Vital statistics of India. Vol. VI, European troops 1870-79
Year: 1870
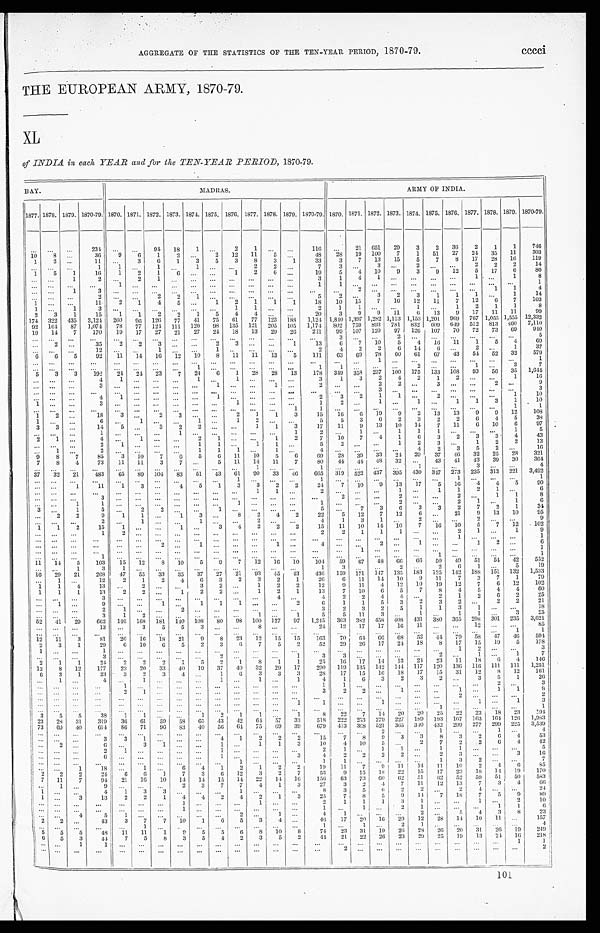
AGGREGATE OF THE STATISTICS OF THE TEN-YEAR PERIOD, 1870-79.
cccci
THE EUROPEAN ARMY, 1870-79.
XL
of INDIA in each YEAR and for the TEN-YEAR PERIOD, 1870-79.
BAY.
MADRAS.
ARMY OF INDIA.
1877. 1878. 1879. 1870-79. 1870. 1871. 1872. 1873. 1874. 1875. 1876. 1877. 1878. 1879. 1870-79. 1870. 1871. 1872. 1873. 1874. 1875. 1876. 1877. 1878. 1879. 1870-79.
... . . .
. . .
234 . . .
...
9 4 18
1 ...
2
1
. . .
. . .
116 ...
21 651 29
3
2 36
2
1
1
746
10
8
. . .
36
9
6
1
2 ...
2 12 11
5
. . . 48
28 19 100
7
1 51 27 24 35 11
303
1
2
. . .
11 ...
3
6
1
3
5
3
8
3
1
33
3
7 13 15
5
7
8 17 28 16
119
. . .
. . .
. . .
1
1 ...
1 ...
1
. . .
. . . 2
2
. . .
7
3 ...
3 ...
2
. . .
. . . 2
2
2
14
1
5
1
16
1
2
1
6
. . .
. . . 1
2
6 ...
19
5
4 10
9
3
9 12
5 17
6
80
. . . ...
1
2
. . . 2
1
. . . ... ... ... ... ...
...
3
1
4
1
. . .
. . .
. . .
. . . 1 ...
1
8
. . . ... . . .
...
1 ... ...
. . .
... ...
. . . . . .
... ...
1
1
. . .
. . .
. . .
. . .
. . .
. . .
. . .
. . .
. . .
1
... ...
1
3
. . . . . .
. . .
. . .
. . .
. . .
. . . . . . . . .
. . . ...
. . .
2
. . .
. . .
. . .
. . .
. . .
. . . 1
1
4
. . .
. . .
. . .
2
. . . . . .
2
2
1
. . .
. . . . . .
. . .
. . .
5
2 ...
3
2
3
1
1
1 ...
1
14
1
. . .
. . . 11
2
1
4
5 ...
1
2
1
1
1
18
10 15
7 16 12 11
7 12
6
7
103
1 ...
1
3
. . .
. . .
. . .
. . . . . .
. . . 1
1
. . .
. . .
2
1
1
. . .
. . . 1
. . .
1
2
1
1
8
2
3
1
15
1
1
2
2
1
5
4
4 ...
. . . 20
3
9
9 11
6 13
9 17 11 11
99
174 322 435 3,124 260 96 126 77 41 75 61 77 123 188 1,124 1,840 1,397 1,282 1,113 1,153 1,201 969 767 1,055 1,555 12,332
92 164 87 1,074
78 77 124 111 120 98 135 121 205 105 1,174 802 759 893 781 832
6 0 9 649 512 813 460 7,110
19 14
7
170
19 17 27 21 27 24
18 13 29 26
221
99 107 120 97 126 107 70 72 73 69
940
. . .
. . .
. . .
. . .
. . .
. . .
. . .
. . .
. . .
. . .
. . .
. . . . . .
. . .
. . .
3
. . .
. . .
2
. . .
. . .
. . .
. . .
. . .
. . .
5
...
2
. . . 35
2
2
3 . . .
. . .
2
3
. . . . . . 1
13
6
7 10
5
4 16 11
1
5
4
69
... . . .
...
12
. . .
. . . 1
. . . . . .
1 ...
... ...
...
2
4
2
2
6 14
6 ...
2
. . . 1
37
6
6
5
92 11 14 16 12 10
8 11 11 13
5
111
63 69 78 60 61 67 43 54 52 32
579
. . .
. . .
. . .
. . .
. . .
. . .
. . .
. . .
. . .
. . .
. . .
. . . . . .
. . .
. . .
. . .
. . .
1
. . .
. . .
. . .
. . .
. . .
. . .
. . .
1
. . .
. . .
. . .
. . .
. . .
. . .
. . .
. . .
1
. . .
. . .
. . . ... . . .
1
1
. . .
. . . ...
2
. . .
. . . 1 ...
3
7
5
3
3
192
24 24 23
7 24
6
1 28 28 13
178 349 358 237 100 175
1 3 3 108 93 56 35 1,644
...
. . .
...
4
1
. . .
. . .
. . . 1 ...
1 . . . ... ...
3
1
3
2
4 2
1
2 ... ...
1
16
... ... ...
3
. . .
. . .
. . .
. . . ...
1
. . . . . .
1 ...
2
. . .
. . . 2
2
. . . 3
. . . . . .
2
. . .
9
. . . . . .
. . .
. . .
. . . ...
. . . ... ... ... ...
. . . ... ...
. . .
. . .
. . . 3
. . .
. . .
. . .
. . .
. . .
. . .
. . .
3
... . . .
. . .
4
1 . . .
. . .
. . .
. . .
1 ...
. . .
. . . ...
2
3
2
1
1 ...
2
. . .
. . .
. . . 1
1 0
1
. . .
. . .
3 ... ...
. . .
. . . ... ...
1 . . .
. . .
. . .
1
2
. . . 1 ...
1 ...
1
1
3
1
10
. . . . . .
. . . ...
. . .
...
. . . . . .
. . .
...
. . . ... ...
1
1
. . .
. . .
. . . . . .
. . . . . .
. . .
. . .
. . . 1
1
1
2
. . .
18
3 . . .
2
3
. . .
. . . 2
1
1
3
15
16
6 19
9
2 13 13
9
9 12
108
1
. . .
. . .
6 ...
1
. . .
. . .
1
. . . 1
2 ...
. . .
5
5
3
6 2
3
2
2
6
4
5
38
3
3
. . .
14
5 ...
3
2
2
. . .
. . . 1
1
3
17
11
9 13 10 14
7 11
6 10
6
97
... ... ...
1
. . . . . .
. . . 1
. . .
. . .
. . .
. . .
. . . 1
2
. . . 1 ...
1
1
1
. . . ... ...
1
5
2
1 ...
4 ...
1
. . .
. . . 2
1
. . .
. . . 1
2
7
10
7
4
1
6 3
2
3
3
4
43
. . . . . .
. . .
2
1
. . .
. . .
. . . 1
1
. . .
1
1
. . .
5
2
. . .
. . . 1
2
3
. . . 1
2
2
13
...
1
. . .
2
. . . . . .
. . . ...
1
1
1 . . .
1
. . .
4
. . .
. . . . . .
...
4
2
3
5
2
. . . 16
9
8
7
85
3 10
7
6 5
6 11
10
5
6
69
28 3 9
33 24 29
37 46 32 25 28
321
7
8
4
73
11 11
3
7
. . . 5 11 14 11
7
80
44 44 48 32 . . .
43 41
4 3 39 30
364
... ... . . .
...
. . .
... ...
. . . ... ...
...
1
. . .
. . .
1
. . .
. . .
. . .
. . . 1
. . .
. . .
3
. . .
. . .
4
37 32 21
483
65 89 104 83 51 43 61 90 33 46
665 319 522 437 395 430 347 273 235 313 221 3,492
... . . .
. . .
. . .
. . .
. . .
... . . .
. . .
. . .
1
. . .
. . .
. . .
1 ... ... ... ...
. . .
...
1
. . .
. . .
. . .
1
... . . .
1
11
1
3
. . .
4
5
1
3
3
2
2
24
7 10
9 13 17
5 16
4
4
5
90
... ... . . .
. . .
. . . . . .
...
. . . ... ...
. . .
1
1
. . .
2
. . .
. . .
. . .
1
. . . 1
1
2
1
. . .
6
...
. . .
. . .
3
. . . . . . ...
...
. . .
. . . . . . . . .
...
. . .
. . .
2
. . . . . .
2
. . .
. . .
2
. . . 1
1
8
. . . ...
1
1 . . .
. . .
. . . . . .
... ...
1
. . .
. . . ...
1 ...
... ...
2
. . .
. . . 2
1 ...
1
6
3
. . .
1
5
. . .
2
2
. . .
. . .
1
. . . . . . ...
. . .
5
. . . 7
3
6
3
3
2
7
2
1
3 4
. . . 2
2
9
1
1
. . .
1
3
. . . 8
2
4
2
22
5 12
7 12
6 ...
21
9 13 10
9 5
... . . . ...
2
. . .
1 ...
. . .
1 . . .
...
2
. . .
. . .
4
1
3
1 ...
2 ... ...
2
. . .
. . .
9
1
1
2
15
1 . . .
...
1 ...
3
4
2
2
2
15
11 10 14 10
7 16 10
5
7 12
102
. . .
. . .
. . .
1
2
. . .
. . .
. . . . . . ...
. . . . . .
... ...
2
2
1
1
1
. . .
. . . 2
1
. . . 1
9
... ...
. . . ...
... ...
. . . ...
. . . ... ...
. . . ... ...
...
... ... ... ... ... ...
1
. . .
. . .
. . .
1
... ...
. . .
. . .
... ...
2
. . .
1 ... ... ...
1
. . .
4
. . .
. . .
2
. . . 1
. . .
. . . 1
2
. . .
6
... ... ...
. . .
. . . . . .
. . .
. . .
. . . ... ...
. . . ...
...
...
...
1
. . .
. . . . . .
...
. . .
. . .
. . .
. . .
1
. . . . . .
...
1 . . .
... ... ... ... ... ... . . .
... ...
. . . ...
. . . ... ...
. . .
1
. . .
. . .
. . .
. . .
1
11 14 5
103
15 12
8 10
5
9
7 12 16 10 104 59 67 48 66 66 50 49 51
54 42
552
... . . .
1
3
1
. . .
. . . . . . ... ... ... ... ... ...
1
3 ...
. . .
2
. . . 2
6
1 ...
5
1 9
16 29 21
268
47 55 33 35 37 27 21 93 45 43
436 159 171 147 135 183 125 142 188 151 132 1,533
. . . 1
. . .
12
2
1
2
4
6
3
2
3
2
1
26
6 11 14 10
9 11
7
3
7
1
79
1
1
4
13 ...
2
. . .
. . . 3
2
. . . 1
2
2
12
9 11
4 12 10 19 12
7
6 12
102
1
1
1
13
2
2
. . . 1
2
2
. . . 1
2
1
13
7 10
6
5
7
8
4
5
4
4
60
. . .
. . . ...
3
. . .
. . . ... ... ... ... ... ...
4
. . .
4
2
2
4
4 . . .
2
1
2
6 2
25
...
1 ...
9
. . .
. . . 1 ...
1
1
1 ... ...
2
6
1
1
5
3
2
3
2 ...
2
2
21
...
. . .
. . .
2
1
. . .
. . .
2
. . . ... ...
. . . . . .
. . .
3
2
3
2
5
1
1
3
1 ...
...
18
. . . . . .
...
3
1
2
. . .
. . . ... ... ...
1 ...
1
5
5 11
3 ...
1 ...
1
1 . . .
3
25
5 2 41 29
662 146 168 181 140 108 80 98 100 127 97 1,245 363 382 458 408 431
3 8 0 365 298 301 235 3,621
...
. . .
. . .
13 ...
3
5
5
3
. . .
. . .
8
. . .
. . .
24
12 17 17 16 11
. . .
. . . 12
. . .
. . .
85
. . .
. . .
. . .
. . .
. . .
. . .
. . .
. . .
. . .
. . .
. . .
. . . ... ...
...
. . .
... ... ... ... ... ... ... ...
1
1
12 11
3
81
26
1 6 18 21
9
8 23 12 15 15
163 7 0
6 4
6 6
6 8 52 44 79 58 47 46
594
2
3
1
29
6 10
6
5
2
3
6
7
5
2
52
29 26 17 24 18
8 17 15 19
5
178
1
. . . ...
1
. . . ... ... ... ... ... ... ... ... ...
...
...
. . . ... ...
. . .
...
1
2
. . .
. . .
3
. . .
. . .
. . .
3
. . .
. . .
. . .
. . .
. . .
2
. . .
. . . ...
1
3
3 ...
. . .
. . . ...
2 ...
1
. . . 1
7
2
1
1
24
2
2
2
1
5
2
1
8
1
1
25
16 17 14 13 24 23 11 18
6
4
146
12
8 12
177
23 20 33 40 19 37 40 32 29 17
290 119 135 142 144
1 1 7 120 136 116 111 111 1,251
6
3
1
33
3
2
3
4 ...
1
6
3
3
3
28
17 15 16 18 17 15 31 12
8 12
161
...
1
. . .
4 ...
1
. . .
. . .
. . . 1
. . . 1 ...
1
4
1
6
3
2
3
2
. . . 3
5
1
2 6
. . .
. . .
. . .
. . .
1
. . .
. . .
. . . . . .
. . .
. . . . . . ... ...
1
1
. . .
. . .
. . .
. . .
. . .
. . .
. . . 2 ...
3
. . .
. . .
. . .
. . .
2
1
. . .
. . .
. . .
. . .
. . .
. . . ...
...
3
2
2
. . .
1
. . .
. . . 1 ...
1
1
8
... ... ...
. . .
... ...
...
. . .
. . . ... ...
. . . ... ...
...
...
... ... ... ... ...
2
. . .
. . .
. . .
2
. . .
. . .
. . .
. . .
. . .
. . .
. . .
. . .
. . .
. . .
. . .
. . . . . .
1
1
. . .
. . .
1
. . . . . .
. . .
. . .
1
. . . 1
3
. . .
. . .
. . .
. . . ... ... ...
. . . ... ... ...
. . . ... ...
. . .
. . .
. . .
. . .
. . . . . .
1
. . .
. . .
. . .
. . .
1
3
5
5
38
1
1
. . .
. . . 1
2
1
1 ...
1
8
22
7 14 20 20 25 22 23 18 23
194
23 28 31
319
36 61
59 58 65 43 42 64 57 33
518 222 253 279 227 189 193 167 163
1 6 4 126 1,983
73 69 40
614 86 71 96 83 40 56 64 75 69 39
679 413 368 521 365 340 432 299 277 299 225 3,539
. . . ... ...
...
...
...
... ... ... ... ... ... ...
. . .
. . .
. . .
. . .
2
. . .
. . .
1
. . .
. . .
1
. . .
4
. . . . . . ...
3
3
1
. . .
. . .
. . . 4
1
2
2
2
15
7
8
9
3
3
8
3
2
6
4
53
. . .
2
. . .
6 ...
3
1
. . . ...
1 ...
1
1
3
10
4 10
5
. . . 2
7
2
2
6
4
42
... ... ...
2
1
. . .
. . .
. . .
. . .
1
. . . ... ... ...
2
1 ...
1
1
. . .
1
1
. . .
. . .
. . .
5
. . . ... ...
6
. . . ...
...
. . . ...
1
. . .
. . . ...
3
4
2
2
2
2
. . . 2
3
. . .
. . . 3
16
...
. . .
. . .
. . .
. . .
. . . ... ... ...
. . .
1
. . . . . .
. . .
1
1
. . .
. . .
. . .
. . . 1
3
2
. . .
. . .
7
. . . ...
1
18 ...
1 ...
6
4
1 2
1
2
2
19
11
7
9
1 1 14 11
1 0 2
4
6
85
2
2
2
24
6
6
1
7
3
6 12
3
2
7
53
9 15 18 22 15
17 23 18 14 19
170
7 11
7
94 21 16 10 14 14 15 14 22 14 16
156 63 73
6 0 62 51
62 52 59 51 50
583
. . .
1
. . .
9
. . .
. . .
. . . 2
3
7
7
4
1
3
27
3
2
4
7 11
12 13
7
3
4
66
1 ... ...
4
1
3
3
. . . ... ...
1
. . . ...
. . .
8
3
5
6
2
2 ...
2
4
. . .
. . .
24
1
. . . 3
13
2
2
1
4
4
2
4
2
1
3
25
7
8
5
9 14 7 18
7
5
9
89
. . .
. . .
. . . ...
...
. . .
. . .
1
. . .
. . .
. . .
1
. . . ...
2
1
1
1
3
1
. . . . . .
1
. . .
2
10
. . .
. . .
. . . . . .
. . .
. . . . . .
1
. . .
. . .
. . .
. . . . . .
...
1 ...
1
. . . 2
1
. . .
. . .
. . .
1
1
6
. . . . . .
4
5
1
. . .
. . .
. . .
. . .
. . .
2 . . .
1 ...
4
1 ... . . .
. . . 2 ...
5
4
3
8
23
2
2
. . .
43
3
7
7 10
1
6 5
3
4
. . .
4 6 17 20
1 6 29 12 28 14 10 11
. . . 157
. . .
. . .
. . .
. . .
. . . 1
. . . . . .
. . .
. . . ...
. . .
. . .
...
1
. . . 1 ...
2
1 ...
. . .
. . .
. . .
...
4
5
5
5
48 11 11
1
9
5
5
6
8 10
8
74
23 31 19 26 28 26 20 31 26 19
249
6
5
3
4 4 7
5
8
3 5
4 2
3
5
2
44
21 22 26 23 29 25 19 13 24 16
218
. . .
. . . 1
1
. . .
. . .
. . .
. . .
. . .
. . .
. . .
. . .
. . .
. . .
...
...
. . .
. . .
. . .
. . .
. . .
. . .
. . .
. . . 1
1
. . .
. . .
. . .
. . . . . .
. . . ... ... ... ...
. . . ... ... ...
. . .
2
. . .
. . .
. . .
. . .
. . .
. . .
. . .
. . .
...
2
101